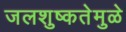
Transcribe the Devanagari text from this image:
जलशुष्कतेमुळे